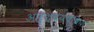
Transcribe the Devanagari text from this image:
आर्श्चयचकित